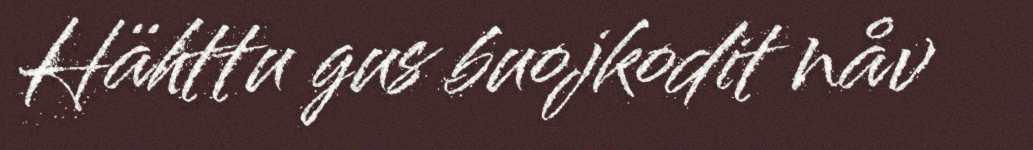
Hähttu gus buojkodit nåv